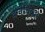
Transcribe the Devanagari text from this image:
वग्वैचित्र्या